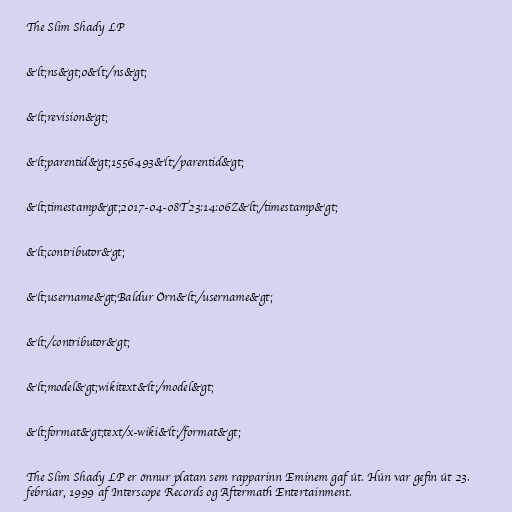
The Slim Shady LP

&lt;ns&gt;0&lt;/ns&gt;

&lt;revision&gt;

&lt;parentid&gt;1556493&lt;/parentid&gt;

&lt;timestamp&gt;2017-04-08T23:14:06Z&lt;/timestamp&gt;

&lt;contributor&gt;

&lt;username&gt;Baldur Örn&lt;/username&gt;

&lt;/contributor&gt;

&lt;model&gt;wikitext&lt;/model&gt;

&lt;format&gt;text/x-wiki&lt;/format&gt;

The Slim Shady LP er önnur platan sem rapparinn Eminem gaf út. Hún var gefin út 23.
febrúar, 1999 af Interscope Records og Aftermath Entertainment.